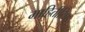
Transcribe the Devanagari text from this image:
माहितीटिपा